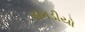
ગાગડીયો